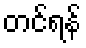
တင်ရန်